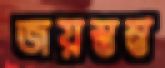
জয়স্তম্ভ